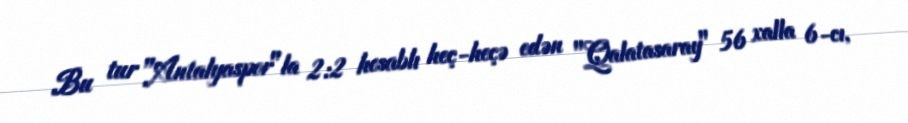
Bu tur "Antalyaspor"la 2:2 hesablı heç-heçə edən "Qalatasaray" 56 xalla 6-cı,